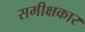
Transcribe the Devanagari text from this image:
समीक्षकार